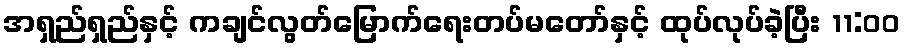
အရှည်ရှည်နှင့် ကချင်လွတ်မြောက်ရေးတပ်မတော်နှင့် ထုပ်လုပ်ခဲ့ပြီး 11:00